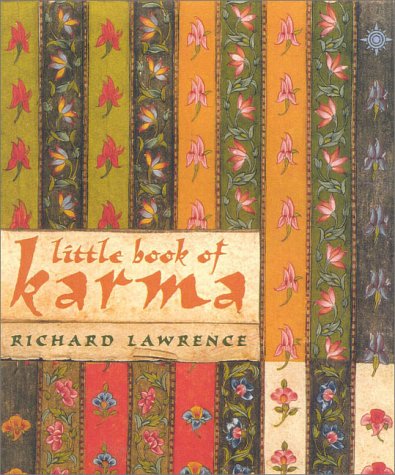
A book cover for Little Book of Karma; Richard Lawrence; Religion & Spirituality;